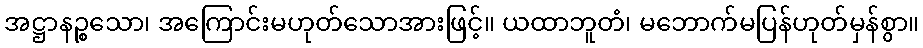
အဋ္ဌာနဉ္စသော၊ အကြောင်းမဟုတ်သောအားဖြင့်။ ယထာဘူတံ၊ မဘောက်မပြန်ဟုတ်မှန်စွာ။